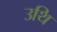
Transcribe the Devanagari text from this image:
उथि